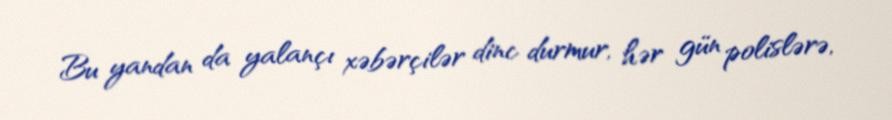
Bu yandan da yalançı xəbərçilər dinc durmur, hər gün polislərə,